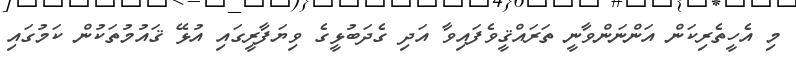
މި އެހީތެރިކަން އަންނަންވާނީ ތަރައްޤީވެފައިވާ އަދި ގެދަބުޅީގެ ވިޔަފާރީގައި އުޅޭ ޤައުމުތަކުން ކަމުގައި